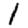
Digit: 1